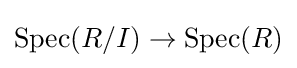
\operatorname {Spec} (R/I)\to \operatorname {Spec} (R)